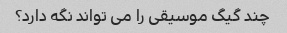
چند گیگ موسیقی را می تواند نگه دارد؟